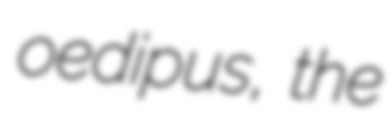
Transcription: oedipus, the